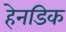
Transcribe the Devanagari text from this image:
हेनडिक